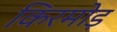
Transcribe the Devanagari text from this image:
किरमोड़